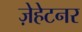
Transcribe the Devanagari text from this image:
ज़ेहेटनर